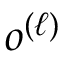
o ^ { ( \ell ) }